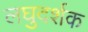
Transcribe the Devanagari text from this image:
लघुदर्शक